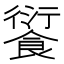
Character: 𩜾